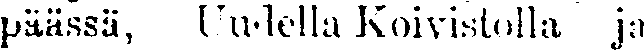
päässä, Uudella Koivistolla ja